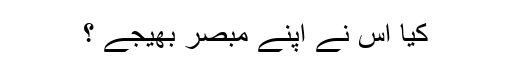
کیا اس نے اپنے مبصر بھیجے ؟